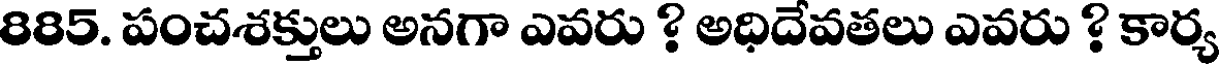
885. పంచశక్తులు అనగా ఎవరు ? అధిదేవతలు ఎవరు ? కార్య